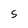
Character: S